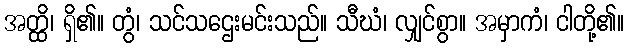
အတ္ထိ၊ ရှိ၏။ တွံ၊ သင်သဌေးမင်းသည်။ သီဃံ၊ လျှင်စွာ။ အမှာကံ၊ ငါတို့၏။